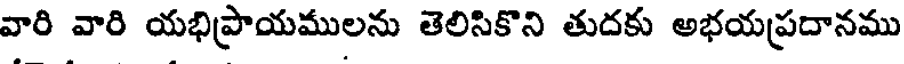
వారి వారి యభిప్రాయములను తెలిసికొని తుదకు అభయప్రదానము